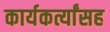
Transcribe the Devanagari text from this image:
कार्यकर्त्यांसह